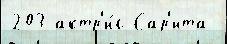
203 актр'и́с Сар'ита